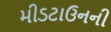
મીડટાઉનની